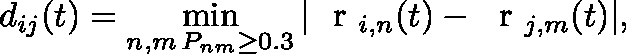
d _ { i j } ( t ) = \operatorname* { m i n } _ { \substack { n , m \, P _ { n m } \ge 0 . 3 } } | { \mathrm { ~ \boldmath ~ r ~ } } _ { i , n } ( t ) - { \mathrm { ~ \boldmath ~ r ~ } } _ { j , m } ( t ) | ,